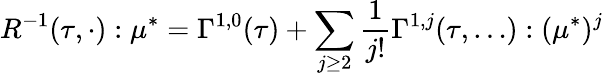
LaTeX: R^{-1}(\tau,\cdot):\mu^{*}=\Gamma^{1,0}(\tau)+\sum_{j\geq 2}\frac{1}{j!}\Gamma^{1,j}(\tau,\dots):(\mu^{*})^{j}